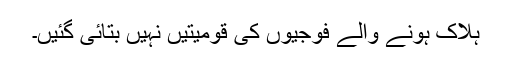
ہلاک ہونے والے فوجیوں کی قومیتیں نہیں بتائی گئیں۔